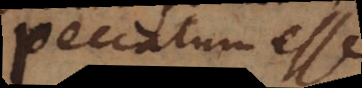
peccatum esse